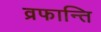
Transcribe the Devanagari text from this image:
व्रफान्ति